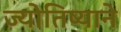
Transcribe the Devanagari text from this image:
ज्योतिष्याने